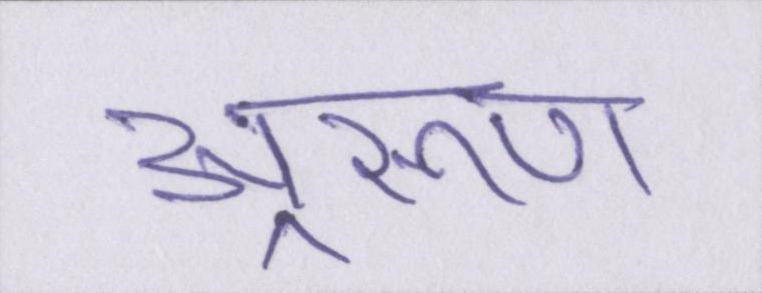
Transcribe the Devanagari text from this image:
अ्ररूण